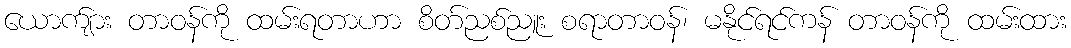
ယောက်ျား တာဝန်ကို ထမ်းရတာဟာ စိတ်ညစ်ညူး စရာတာဝန်၊ မနိုင်ရင်ကန် တာဝန်ကို ထမ်းထား